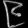
Digit: ၉